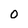
Character: O